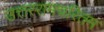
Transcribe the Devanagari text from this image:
उत्तररामचरितम